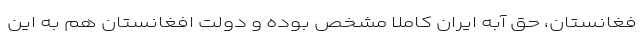
فغانستان، حق آبه ایران کاملا مشخص بوده و دولت افغانستان هم به این